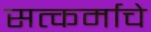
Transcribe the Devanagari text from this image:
सत्कर्माचे